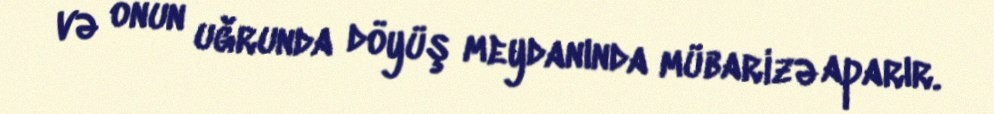
və onun uğrunda döyüş meydanında mübarizə aparır.